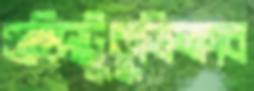
চাহিদাটুকুভিক্ষাব